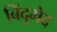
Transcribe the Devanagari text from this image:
बिंदुभेद